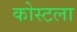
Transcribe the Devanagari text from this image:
कोस्टला